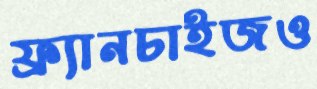
ফ্র্যানচাইজও